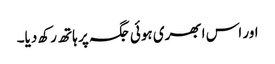
اور اس ابھری ہوئی جگہ پر ہاتھ رکھ دیا۔